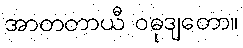
အာတတာယီ ဝဓုဒျတော။